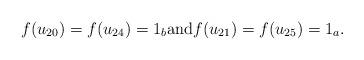
LaTeX: \begin{align*}f(u_{20})=f(u_{24})=1_b \mbox{and} f(u_{21})=f(u_{25})=1_a. \end{align*}